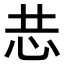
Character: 𭜑